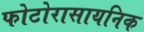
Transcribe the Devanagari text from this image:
फोटोरासायनिक